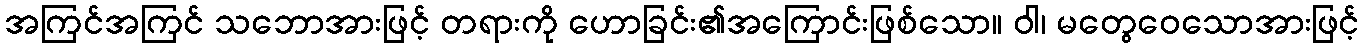
အကြင်အကြင် သဘောအားဖြင့် တရားကို ဟောခြင်း၏အကြောင်းဖြစ်သော။ ဝါ၊ မတွေဝေသောအားဖြင့်